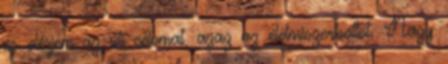
és elérjem az úti célomat, azaz az élelmiszerboltot. Nagy